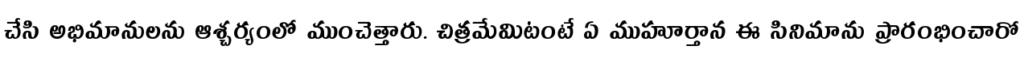
చేసి అభిమానులను ఆశ్చర్యంలో ముంచెత్తారు. చిత్రమేమిటంటే ఏ ముహూర్తాన ఈ సినిమాను ప్రారంభించారో